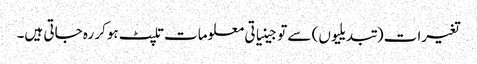
تغیرات (تبدیلیوں) سے تو جینیاتی معلومات تلپٹ ہوکر رہ جاتی ہیں۔